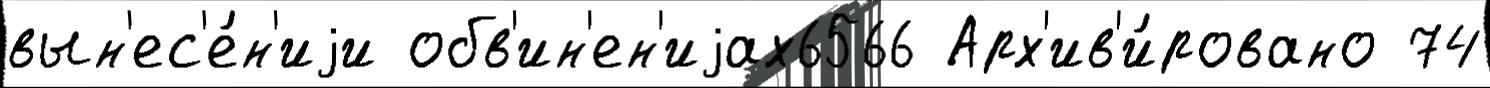
вын'ес'е́н'иjи обв'ин'ен'иjах6566 Арх'ив'и́ровано 74